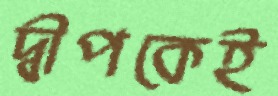
দ্বীপকেই